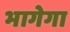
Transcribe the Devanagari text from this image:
भागेगा